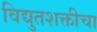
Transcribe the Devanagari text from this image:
विद्युतशक्तीचा